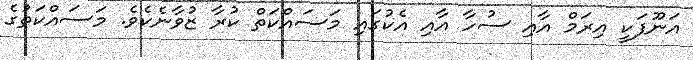
އަނޫފަކީ އިރަމް އާއި ސުހާ އާއި އެކުގައި މަސައްކަތް ކުރާ ޒުވާނެކެވެ. މަސައްކަތުގެ